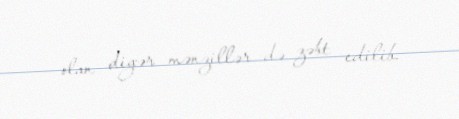
olan digər mənzillər də zəbt edilib.